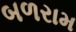
બળરામ